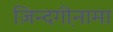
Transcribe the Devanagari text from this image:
ज़िन्दगी़नामा